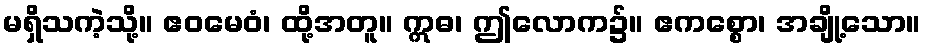
မရှိသကဲ့သို့။ ဧဝမေဝံ၊ ထို့အတူ။ ဣဓ၊ ဤလောက၌။ ဧကစ္စော၊ အချို့သော။